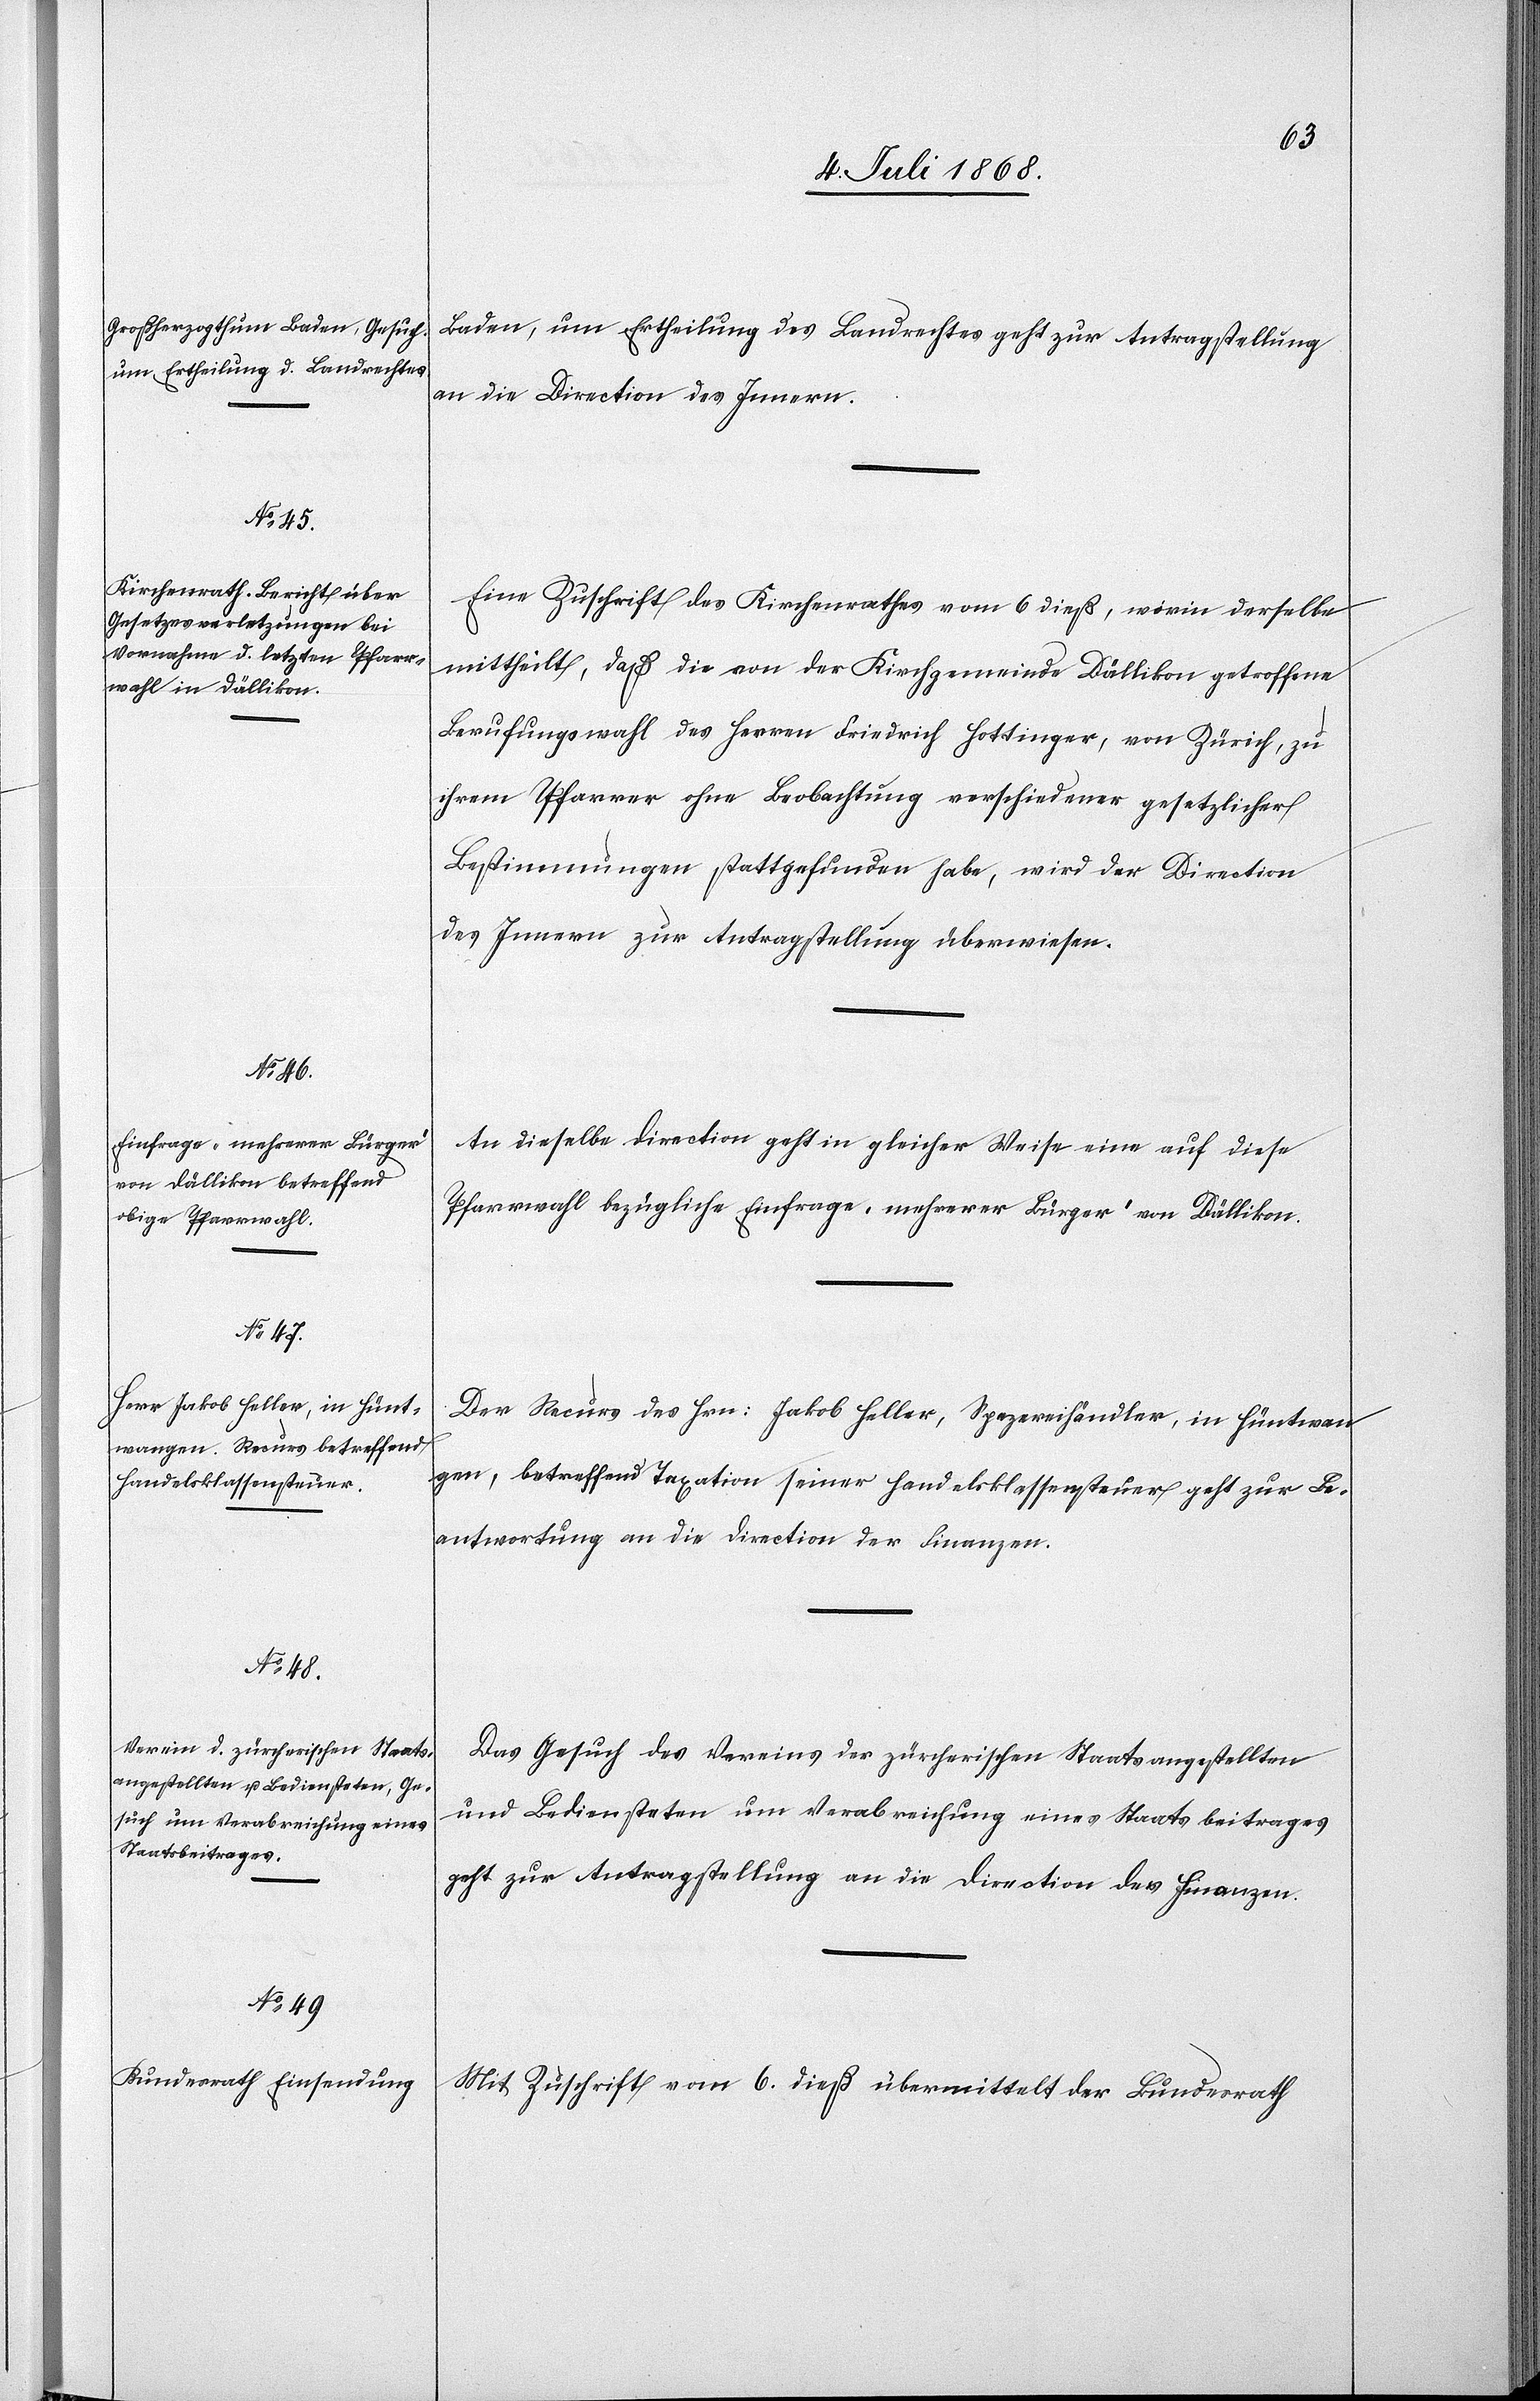
8. Juli 1868.]
Baden, um Ertheilung des Landrechtes geht zur Antragstellung
an die Direction des Innern.
Eine Zuschrift des Kirchenrathes vom 6 dieß, worin derselbe
mittheilt, daß die von der Kirchgemeinde Dällikon getroffene
Berufungswahl des Herren Friedrich Hottinger, von Zürich, zu
ihrem Pfarrer ohne Beobachtung verschiedener gesetzlicher
Bestimmungen stattgefunden habe, wird der Direction
des Innern zur Antragstellung überwiesen.
An dieselbe Direction geht in gleicher Weise eine auf diese
Pfarrwahl bezügliche Einfrage „mehrerer Bürger“ von Dällikon.
Der Recurs des Hrn: Jakob Heller, Spezereihändler, in Hüntwan¬
gen, betreffend Taxation seiner Handelsklassensteuer geht zur Be¬
antwortung an die Direction der Finanzen.
Das Gesuch des Vereins der zürcherischen Staatsangestellten
und Bediensteten um Verabreichung eines Staatsbeitrages
geht zur Antragstellung an die Direction der Finanzen.
Mit Zuschrift vom 6. dieß übermittelt der Bundesrath